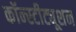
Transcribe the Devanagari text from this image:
कॉन्‍स्‍टीट्यूशन